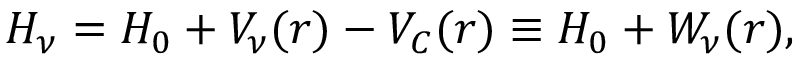
H _ { \nu } = H _ { 0 } + V _ { \nu } ( r ) - V _ { C } ( r ) \equiv H _ { 0 } + W _ { \nu } ( r ) ,